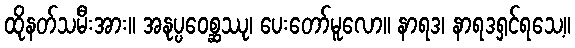
ထိုနတ်သမီးအား။ အနုပ္ပဝေစ္ဆဿု၊ ပေးတော်မူလော။ နာရဒ၊ နာရဒရှင်ရသေ့။